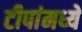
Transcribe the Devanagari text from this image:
टीपांमध्ये